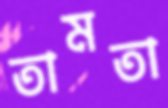
তামতা